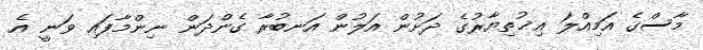
މާސްގެ އަމިއްލަ އިޚުތިޔާރުގެ ދަށުން އަލުން އަނބުރާ ގެންދަން ނިންމާފައި ވަނީ އެ